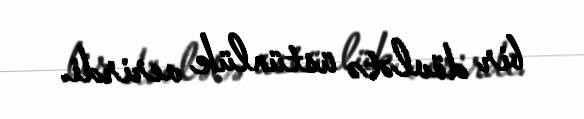
bir dövlətə üstünlük verirdi.